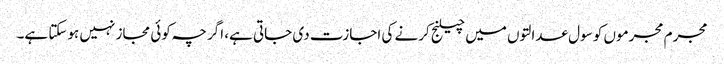
مجرم مجرموں کو سول عدالتوں میں چیلنج کرنے کی اجازت دی جاتی ہے، اگرچہ کوئی مجاز نہیں ہوسکتا ہے۔